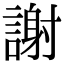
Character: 謝